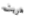
هربت